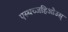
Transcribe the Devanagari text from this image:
एस्थच्जहिओउस्